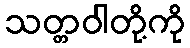
သတ္တဝါတို့ကို